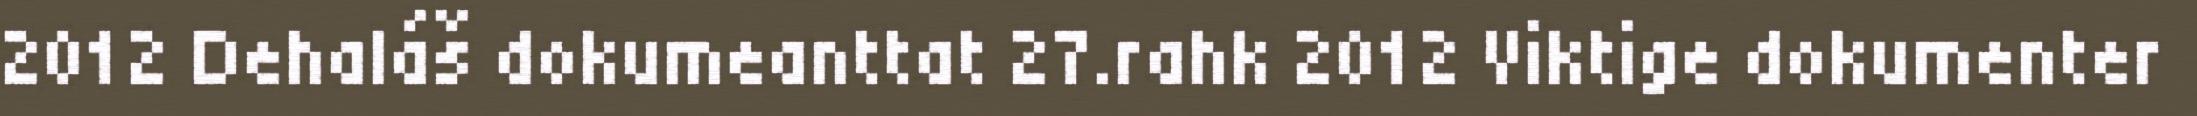
2012 Dehaláš dokumeanttat 27.rahk 2012 Viktige dokumenter